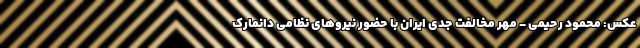
عکس: محمود رحیمی - مهر مخالفت جدی ایران با حضور نیروهای نظامی دانمارک